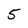
Character: 5